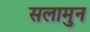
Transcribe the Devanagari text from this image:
सलामुन